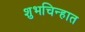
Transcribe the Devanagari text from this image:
शुभचिन्हात